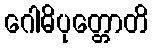
ဂေါဓိပုတ္တောတိ